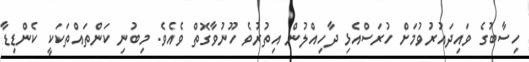
ހިސާބުގެ ވައިދައުރުވުމަށް ހުރަސްއެޅި ދާހިއްލުން އިތުރުވެ ހޫނުވާގޮތް ވެއެވެ. މިބުނި ކަންތައްތަކަކީ ކެންޑިޑާ